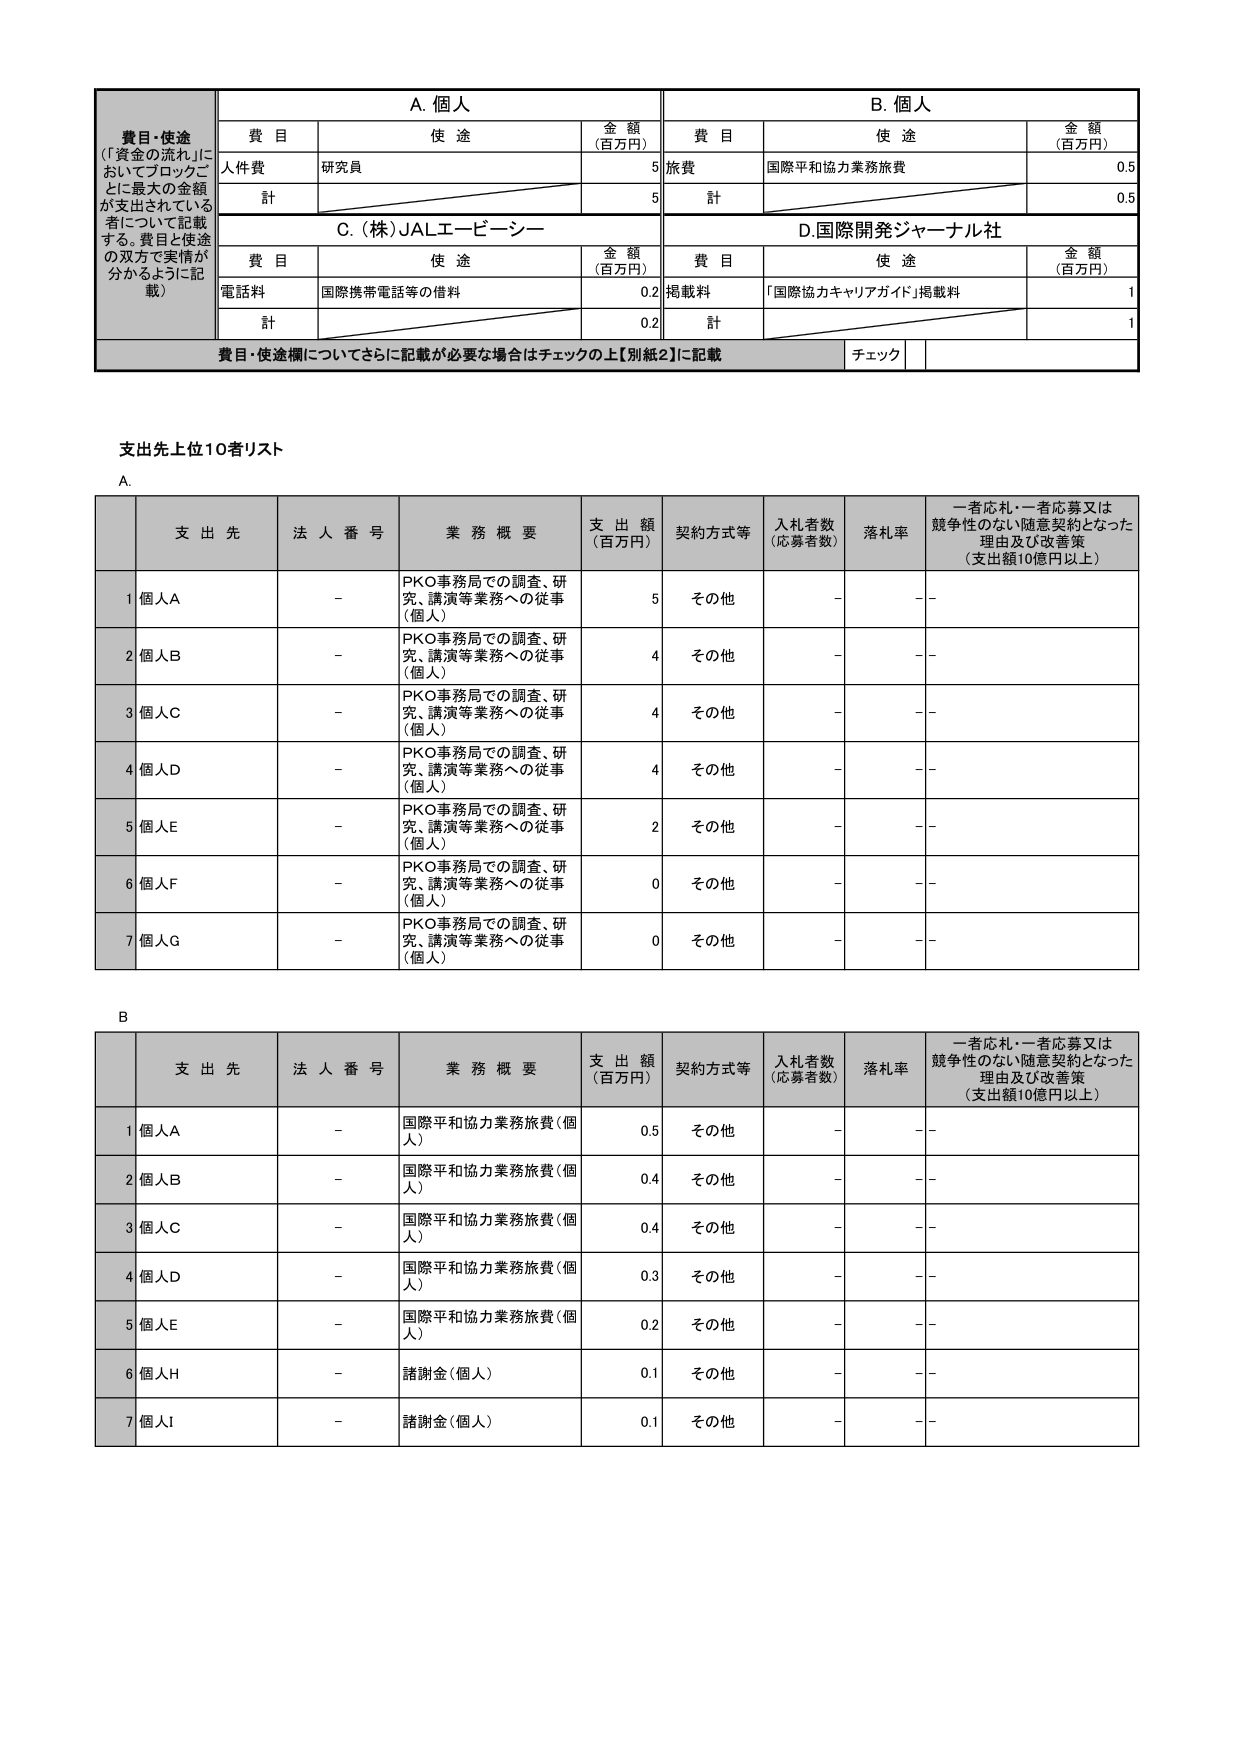
費目・使途
（「資金の流れ」においてブロックごとに最大の金額が支出されている者について記載する。費目と使途の双方で実情が分かるように記載）

A. 個人
費目　使途　金額（百万円）
人件費　研究員　5
計　　5

B. 個人
費目　使途　金額（百万円）
旅費　国際平和協力業務旅費　0.5
計　　0.5

C. （株）JALエービーシー
費目　使途　金額（百万円）
電話料　国際携帯電話等の借料　0.2
計　　0.2

D. 国際開発ジャーナル社
費目　使途　金額（百万円）
掲載料　「国際協力キャリアガイド」掲載料　1
計　　1

費目・使途欄についてさらに記載が必要な場合はチェックの上【別紙2】に記載
チェック

支出先上位10者リスト

A.
支 出 先　法 人 番 号　業 務 概 要　支 出 額（百万円）　契約方式等　入札者数（応募者数）　落札率　一者応札・一者応募又は競争性のない随意契約となった理由及び改善策（支出額10億円以上）
1 個人A　－　PKO事務局での調査、研究、講演等業務への従事（個人）　5　その他　－　－
2 個人B　－　PKO事務局での調査、研究、講演等業務への従事（個人）　4　その他　－　－
3 個人C　－　PKO事務局での調査、研究、講演等業務への従事（個人）　4　その他　－　－
4 個人D　－　PKO事務局での調査、研究、講演等業務への従事（個人）　4　その他　－　－
5 個人E　－　PKO事務局での調査、研究、講演等業務への従事（個人）　2　その他　－　－
6 個人F　－　PKO事務局での調査、研究、講演等業務への従事（個人）　0　その他　－　－
7 個人G　－　PKO事務局での調査、研究、講演等業務への従事（個人）　0　その他　－　－

B.
支 出 先　法 人 番 号　業 務 概 要　支 出 額（百万円）　契約方式等　入札者数（応募者数）　落札率　一者応札・一者応募又は競争性のない随意契約となった理由及び改善策（支出額10億円以上）
1 個人A　－　国際平和協力業務旅費（個人）　0.5　その他　－　－
2 個人B　－　国際平和協力業務旅費（個人）　0.4　その他　－　－
3 個人C　－　国際平和協力業務旅費（個人）　0.4　その他　－　－
4 個人D　－　国際平和協力業務旅費（個人）　0.3　その他　－　－
5 個人E　－　国際平和協力業務旅費（個人）　0.2　その他　－　－
6 個人H　－　諸謝金（個人）　0.1　その他　－　－
7 個人I　－　諸謝金（個人）　0.1　その他　－　－